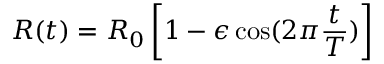
R ( t ) = R _ { 0 } \left[ 1 - \epsilon \cos ( 2 \pi \frac { t } { T } ) \right]